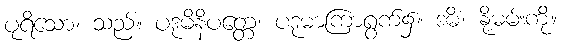
ပုရိသော၊ သည်။ ပဒုမိနိပတ္တေ၊ ပဒုမာကြာရွက်၌။ ဒဓိံ၊ နို့ဓမ်းကို။